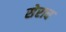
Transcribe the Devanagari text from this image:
सेराव